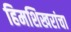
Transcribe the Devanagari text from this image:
हिमशिखरांचा